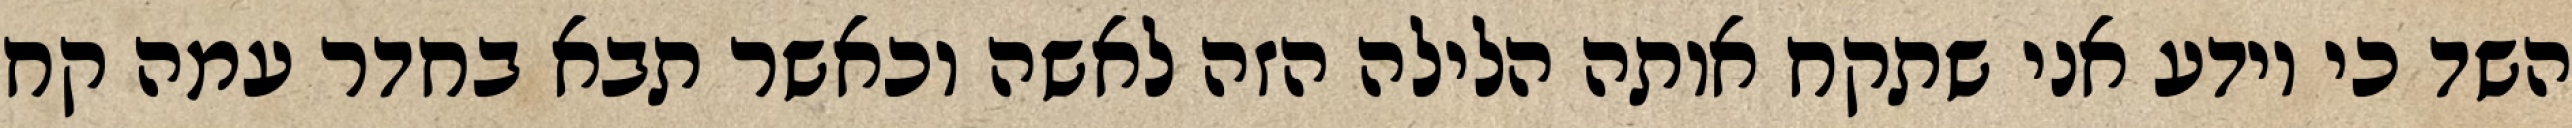
השד כי יודע אני שתקח אותה הלילה הזה לאשה וכאשר תבא בחדר עמה קח